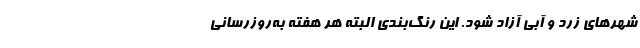
شهرهای زرد و آبی آزاد شود. این رنگ‌بندی البته هر هفته به‌روزرسانی